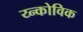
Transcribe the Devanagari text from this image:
य्न्कोविक